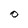
Character: O